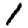
Digit: 1